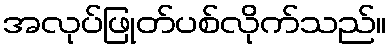
အလုပ်ဖြုတ်ပစ်လိုက်သည်။